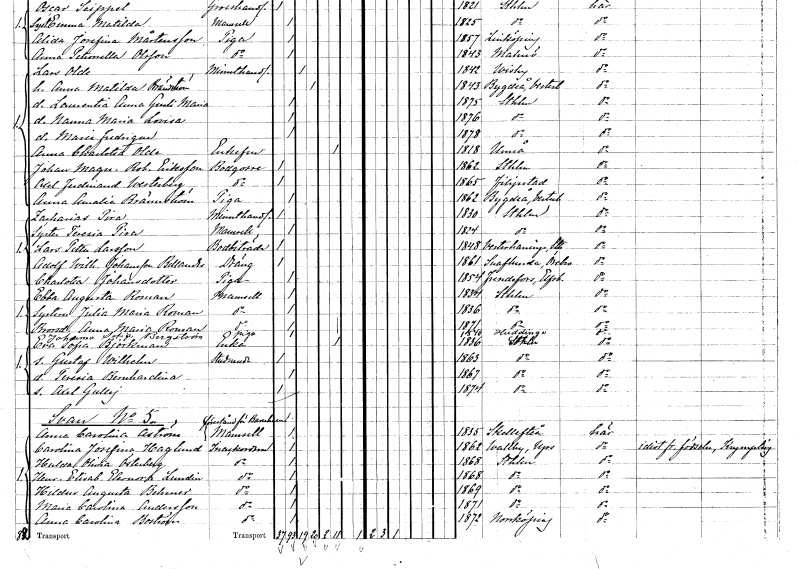
gt_parse: households: individuals: FN: Lars
EN: Olde
YRKE: Minuthandlare
KON: M
CIV: G
FODAR: 1842
FODFORS: Visby Gotlands län
FN: Anna Matilda
EN: Brändström
KON: K
CIV: G
FODAR: 1843
FODFORS: Bygdeå Västerbottens län
FN: Laurentia Anna Gurli Maria
KON: K
CIV: O
FODAR: 1875
FODFORS: Stockholm
FN: Hanna Maria Lovisa
KON: K
CIV: O
FODAR: 1876
FODFORS: Stockholm
FN: Maria Fredrique
KON: K
CIV: O
FODAR: 1878
FODFORS: Stockholm
FN: Anna Charlotta
EN: Olde
KON: K
CIV: E
FODAR: 1818
FODFORS: Umeå Västerbottens län
FN: Johan Magnus Robert
EN: Eriksson
YRKE: Bodgosse
KON: M
CIV: O
FODAR: 1862
FODFORS: Stockholm
FN: Axel Ferdinand
EN: Westerberg
YRKE: Bodgosse
KON: M
CIV: O
FODAR: 1865
FODFORS: Filipstad Värmlands län
FN: Anna Amalia
EN: Brännström
YRKE: Piga
KON: K
CIV: O
FODAR: 1862
FODFORS: Bygdeå Västerbottens län
FN: Zacharias
EN: Pira
YRKE: Minuthandlare
KON: M
CIV: O
FODAR: 1830
FODFORS: Stockholm
FN: Teresia
EN: Pira
KON: K
CIV: O
FODAR: 1824
FODFORS: Stockholm
FN: Lars Petter
EN: Larsson
YRKE: Bodbiträde
KON: M
CIV: O
FODAR: 1848
FODFORS: Västerhaninge Stockholms län
FN: Adolf Wilhelm
EN: Johansson Bellander
YRKE: Dräng
KON: M
CIV: O
FODAR: 1861
FODFORS: Snavlunda Örebro län
FN: Charlotta
EN: Johansdotter
YRKE: Piga
KON: K
CIV: O
FODAR: 1854
FODFORS: Frändefors Älvsborgs län
FN: Ebba Augusta
EN: Roman
KON: K
CIV: O
FODAR: 1834
FODFORS: Stockholm
FN: Julia Maria
EN: Roman
KON: K
CIV: O
FODAR: 1836
FODFORS: Stockholm
FN: Anna Maria
EN: Roman
KON: K
CIV: O
FODAR: 1871
FODFORS: Stockholm
FN: Johanna Sofia
EN: Bergström
YRKE: Piga
KON: K
CIV: O
FODAR: 1840
FODFORS: Huddinge Stockholms län
FN: Eva Sofia
EN: Björkman
YRKE: Änka
KON: K
CIV: E
FODAR: 1836
FODFORS: Stockholm
FN: Gustaf Wilhelm
YRKE: Studerande
KON: M
CIV: O
FODAR: 1863
FODFORS: Stockholm
FN: Teresia Bernhardina
KON: K
CIV: O
FODAR: 1867
FODFORS: Stockholm
FN: Axel Gullej
KON: M
CIV: O
FODAR: 1874
FODFORS: Stockholm
FN: Anna Carolina
EN: Åström
YRKE: Barnhemsföreståndarinna
KON: K
CIV: O
FODAR: 1835
FODFORS: Skellefteå Västerbottens län
FN: Carolina Josefina
EN: Haglund
YRKE: Inackorderad
KON: K
CIV: O
FODAR: 1862
FODFORS: Vallby Uppsala län
FN: Hulda Olivia
EN: Österberg
YRKE: Inackorderad
KON: K
CIV: O
FODAR: 1868
FODFORS: Stockholm
FN: Henrika Elisabet Eleonora
EN: Lundin
YRKE: Inackorderad
KON: K
CIV: O
FODAR: 1868
FODFORS: Stockholm
FN: Hildur Augusta
EN: Behmer
YRKE: Inackorderad
KON: K
CIV: O
FODAR: 1869
FODFORS: Stockholm
FN: Maria Carolina
EN: Andersson
YRKE: Inackorderad
KON: K
CIV: O
FODAR: 1871
FODFORS: Stockholm
FN: Anna Carolina
EN: Boström
YRKE: Inackorderad
KON: K
CIV: O
FODAR: 1872
FODFORS: Norrköping Östergötlands län